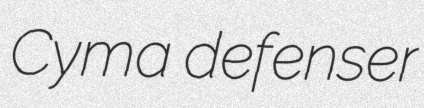
Cyma defenser